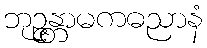
ဘုဉ္ဇန္တာမကဓညာနံ